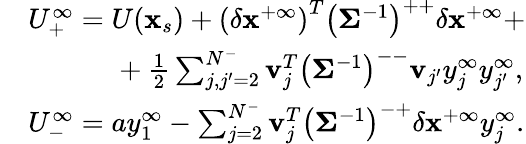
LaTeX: \begin{array}{rl}&{U_{+}^{\infty}=U(\mathbf{x}_{s})+\left(\delta{\mathbf{x}}^{+\infty}\right)^{T}\left(\mathbf{\Sigma}^{-1}\right)^{++}\delta{\mathbf{x}}^{+\infty}+}\\ &{\ \ \ \ \ \ \ \ \ \ \ \ +\frac{1}{2}\sum_{j,j^{\prime}=2}^{N^{-}}\mathbf{v}_{j}^{T}\left(\mathbf{\Sigma}^{-1}\right)^{--}\mathbf{v}_{j^{\prime}}y_{j}^{\infty}y_{j^{\prime}}^{\infty},}\\ &{U_{-}^{\infty}=ay_{1}^{\infty}-\sum_{j=2}^{N^{-}}\mathbf{v}_{j}^{T}\left(\mathbf{\Sigma}^{-1}\right)^{-+}\delta\mathbf{x}^{+\infty}y_{j}^{\infty}.}\end{array}